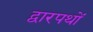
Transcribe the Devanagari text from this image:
द्वारपथों